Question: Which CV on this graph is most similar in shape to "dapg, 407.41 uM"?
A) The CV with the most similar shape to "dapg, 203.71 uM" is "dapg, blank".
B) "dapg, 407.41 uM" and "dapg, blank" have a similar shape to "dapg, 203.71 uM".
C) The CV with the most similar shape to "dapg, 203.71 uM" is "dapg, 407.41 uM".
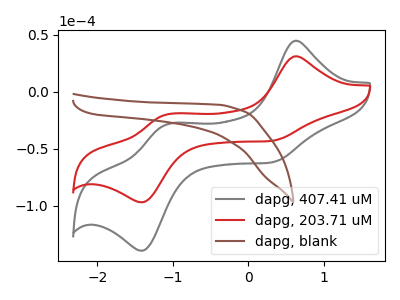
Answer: <think>The gray curve "dapg, 407.41 uM" has anodic peaks at (0.60V, 44.65uA) (-1.10V, -28.65uA) and cathodic peaks at (0.30V, -62.15uA) (-1.40V, -139.35uA). The red curve "dapg, 203.71 uM" has anodic peaks at (0.60V, 31.05uA) (-1.10V, -19.90uA) and cathodic peaks at (0.30V, -43.20uA) (-1.40V, -96.90uA). The brown curve "dapg, blank" has no peaks.
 All the peaks in "dapg, 407.41 uM" have a peak in "dapg, 203.71 uM" at the same potential. "dapg, 407.41 uM" and "dapg, blank" have a different number of peaks. "dapg, 203.71 uM" and "dapg, blank" have a different number of peaks.</think>
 <answer>C) The CV with the most similar shape to "dapg, 203.71 uM" is "dapg, 407.41 uM".</answer>
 <eval>C</eval>